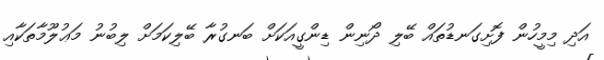
އަދި މިމީހުން ފޮށިގަނޑުތައް ބޭލި ދޯނިން ޑިންގީއަކަށް ބަނގުރާ ބޭލިކަމަށް ލިބުނު މަޢުލޫމާތަކާއި